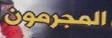
المجرمون